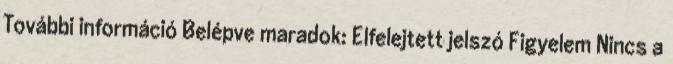
További információ Belépve maradok: Elfelejtett jelszó Figyelem Nincs a